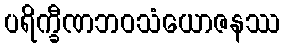
ပရိက္ခီဏဘဝသံယောဇနဿ